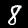
Label: 8